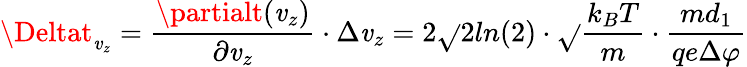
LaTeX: \Deltat_{\mathit{v}_{z}}=\frac{{\partialt(\mathit{v}_{z})}}{{\partial\mathit{v}_{z}}}\cdot\Delta\mathit{v}_{z}=2\sqrt{}{{2ln(2)}}\cdot\sqrt{}{{\frac{{k_{B}T}}{{m}}}}\cdot\frac{{md_{1}}}{{qe\Delta\varphi}}